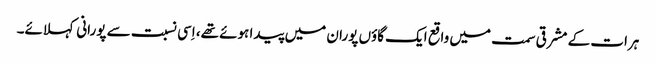
ہرات کے مشرقی سمت میں واقع ایک گاؤں پوران میں پیدا ہوئے تھے، اِسی نسبت سے پورانی کہلائے۔